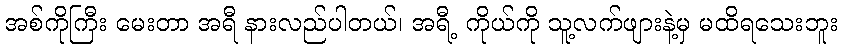
အစ်ကိုကြီး မေးတာ အရီ နားလည်ပါတယ်၊ အရီ့ ကိုယ်ကို သူ့လက်ဖျားနဲ့မှ မထိရသေးဘူး